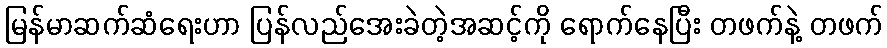
မြန်မာဆက်ဆံရေးဟာ ပြန်လည်အေးခဲတဲ့အဆင့်ကို ရောက်နေပြီး တဖက်နဲ့ တဖက်